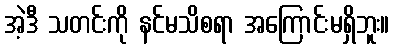
အဲ့ဒီ သတင်းကို နင်မသိစရာ အကြောင်းမရှိဘူး။